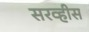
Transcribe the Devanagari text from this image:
सरव्हीस